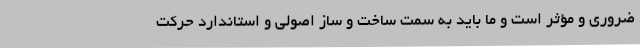
ضروری و مؤثر است و ما باید به سمت ساخت و ساز اصولی و استاندارد حرکت